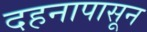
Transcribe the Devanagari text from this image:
दहनापासून